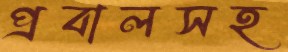
প্রবালসহ